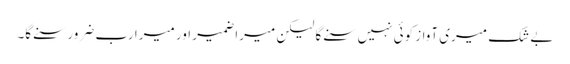
بے شک میری آواز کوئی نہیں سنے گا لیکن میرا ضمیر اور میرا رب ضرور سنے گا۔